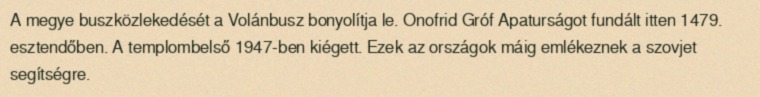
A megye buszközlekedését a Volánbusz bonyolítja le. Onofrid Gróf Apaturságot fundált itten 1479. esztendőben. A templombelső 1947-ben kiégett. Ezek az országok máig emlékeznek a szovjet segítségre.